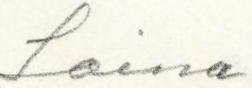
Laina